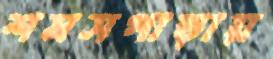
শমসপাড়ায়